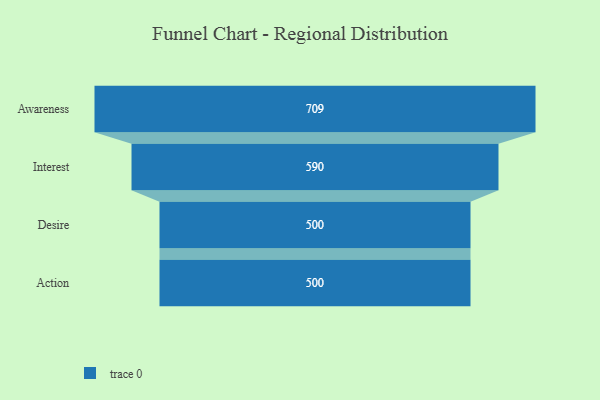
{"axis": {"x": "Stage", "y": "Value"}, "legend": [""], "data": [{"x": "Awareness", "y": 709.0, "type": ""}, {"x": "Interest", "y": 590.0, "type": ""}, {"x": "Desire", "y": 500, "type": ""}, {"x": "Action", "y": 500, "type": ""}]}